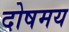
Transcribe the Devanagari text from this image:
दोषमय